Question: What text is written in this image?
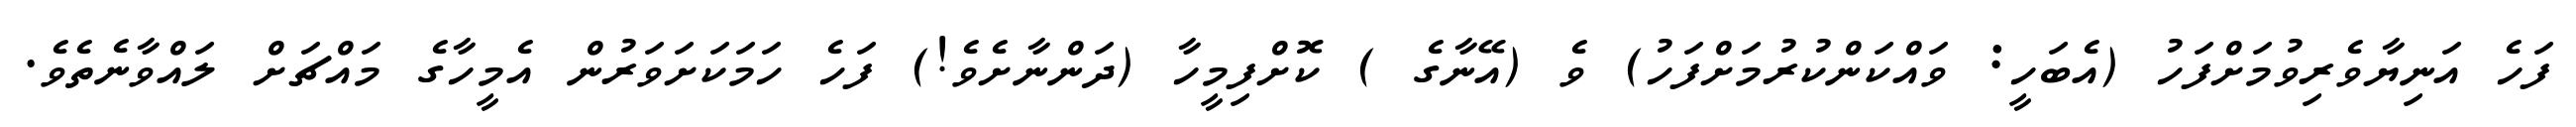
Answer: ފަހެ އަނިޔާވެރިވުމަށްފަހު (އެބަހީ: ވައްކަންކުރުމަށްފަހު) ވެ (އޭނާގެ ) ކޮށްފިމީހާ (ދަންނާށެވެ!) ފަހެ ހަމަކަށަވަރުން އެމީހާގެ މައްޗަށް ލައްވާނެތެވެ.